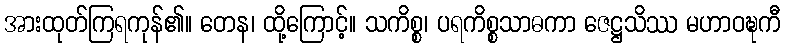
အားထုတ်ကြရကုန်၏။ တေန၊ ထို့ကြောင့်။ သကိစ္စ၊ ပရကိစ္စသာဓကာ ဇေဋ္ဌသိဿ မဟာဝဍ္ဎကီ